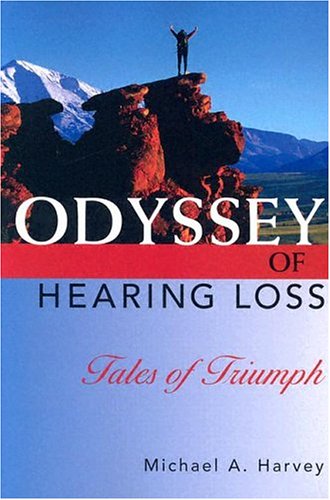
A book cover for Odyssey of Hearing Loss: Tales of Triumph; Michael A. Harvey PhD; Health, Fitness & Dieting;